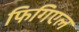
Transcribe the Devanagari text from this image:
फिगिएल